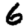
Digit: 6